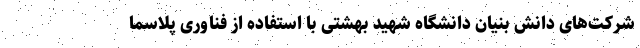
شرکت‌های دانش بنیان دانشگاه شهید بهشتی با استفاده از فناوری پلاسما